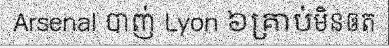
Arsenal បាញ់ Lyon ៦គ្រាប់មិនឲត